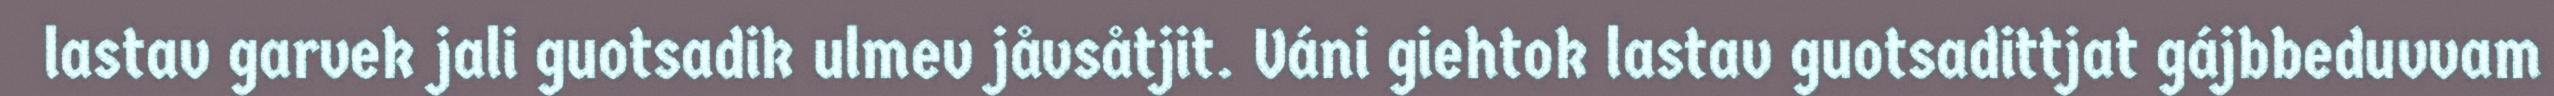
lastav garvek jali guotsadik ulmev jåvsåtjit. Váni giehtok lastav guotsadittjat gájbbeduvvam